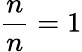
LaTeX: {\frac{n}{n}}=1